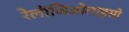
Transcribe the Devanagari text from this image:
रेलीजिओलाइसो